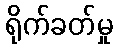
ရိုက်ခတ်မှု